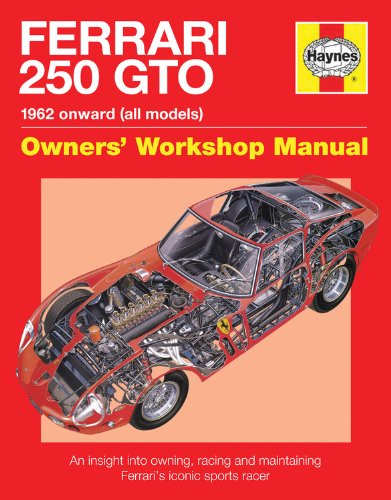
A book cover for Ferrari 250 GTO Manual: An insight into owning, racing and maintaining Ferrari's iconic sports racer; Glen Smale; Engineering & Transportation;